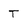
Character: T